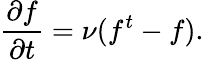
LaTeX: \frac{\partial f}{\partial t}=\nu(f^{t}-f).